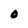
Character: O